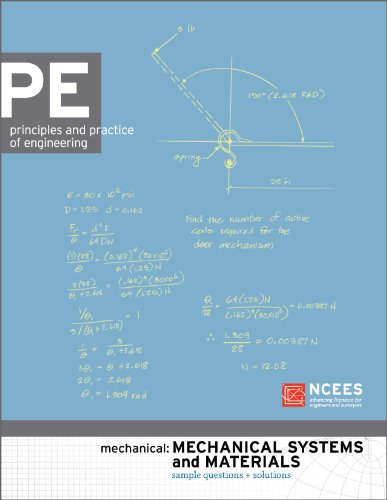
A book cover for PE Mechanical Engineering: Mechanical Systems and Materials Practice Exam; Ncees; Science & Math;